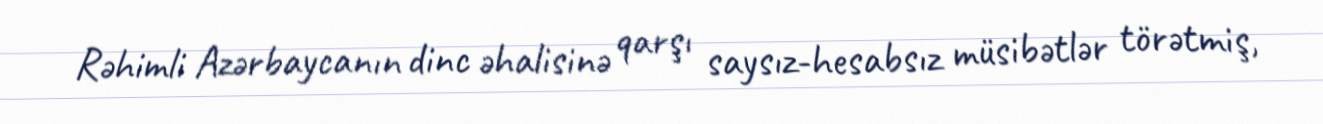
Rəhimli Azərbaycanın dinc əhalisinə qarşı saysız-hesabsız müsibətlər törətmiş,